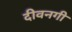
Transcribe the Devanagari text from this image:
दीवनगी